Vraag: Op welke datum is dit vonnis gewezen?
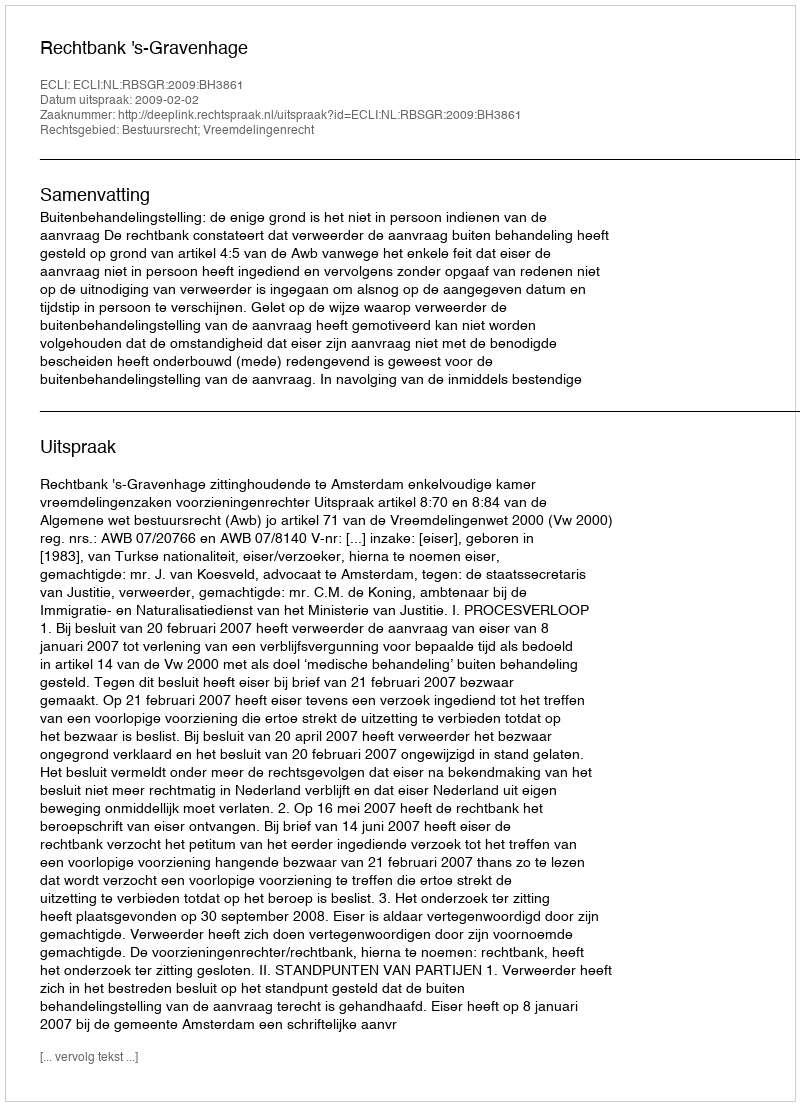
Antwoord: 2009-02-02